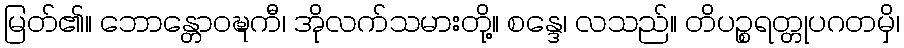
မြတ်၏။ ဘောန္တောဝဍ္ဎကီ၊ အိုလက်သမားတို့။ စန္ဒေ၊ လသည်။ တိပဉ္စရတ္တုပဂတမှိ၊